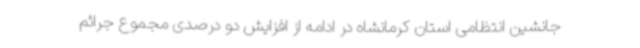
جانشین انتظامی استان کرمانشاه در ادامه از افزایش دو درصدی مجموع جرائم